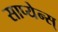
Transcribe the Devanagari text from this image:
साप्येन्स्